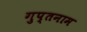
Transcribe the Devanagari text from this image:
गुप्तनाम